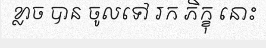
ខ្លាច បាន ចូលទៅ រក ភិក្ខុ នោះ